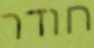
חודר